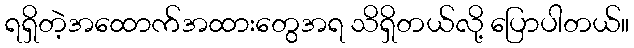
ရရှိတဲ့အထောက်အထားတွေအရ သိရှိတယ်လို့ ပြောပါတယ်။